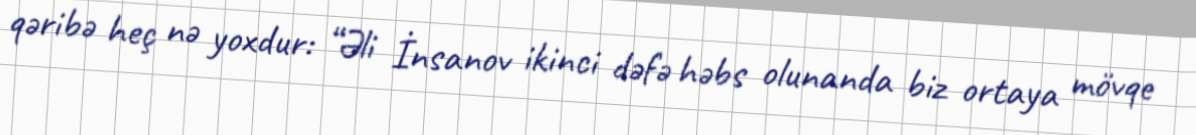
qəribə heç nə yoxdur: “Əli İnsanov ikinci dəfə həbs olunanda biz ortaya mövqe